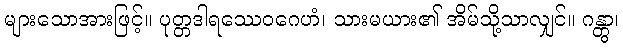
များသောအားဖြင့်။ ပုတ္တဒါရဿေဝဂေဟံ၊ သားမယား၏ အိမ်သို့သာလျှင်။ ဂန္တွာ၊